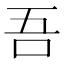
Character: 吾